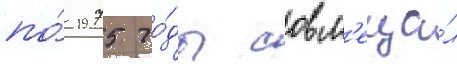
по́ 1975 го́ды совм'еща́л